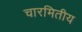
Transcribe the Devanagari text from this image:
चारमितीय